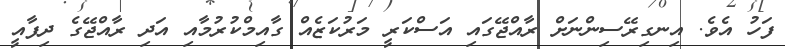
ފަހު އެވެ. އިނގިރޭސިންނަށް ރާއްޖޭގައި އަސްކަރީ މަރުކަޒެއް ގާއިމްކުރުމާއި އަދި ރާއްޖޭގެ ދިފާއީ